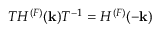
{ \cal T } H ^ { ( F ) } ( { \bf k } ) { \cal T } ^ { - 1 } = H ^ { ( F ) } ( - { \bf k } )